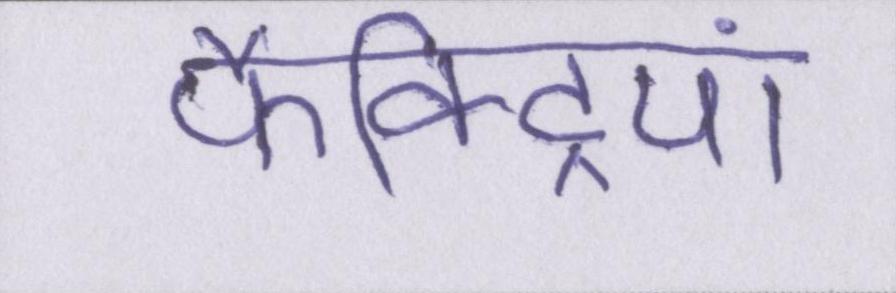
फैक्ट्रियां